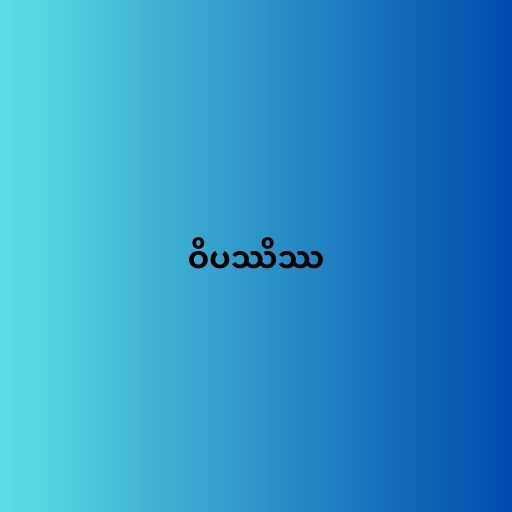
ဝိပဿိဿ